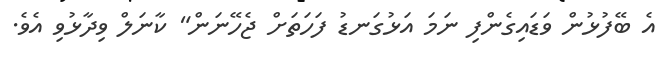
އެ ބޭފުޅުން ވަޑައިގެންފި ނަމަ އަޅުގަނޑު ފަހަތަށް ޖެހޭނަން" ކާނަލް ވިދާޅުވި އެވެ.